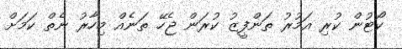
ކޯޓުން ކުރި އަމުރު ތަންފީޒު ކުރަން ޖެހޭ ތަނެއް މިހާރު ނެތް ކަމަށް